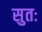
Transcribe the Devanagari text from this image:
सुतः